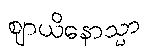
ဈာယိနောသ္မာ